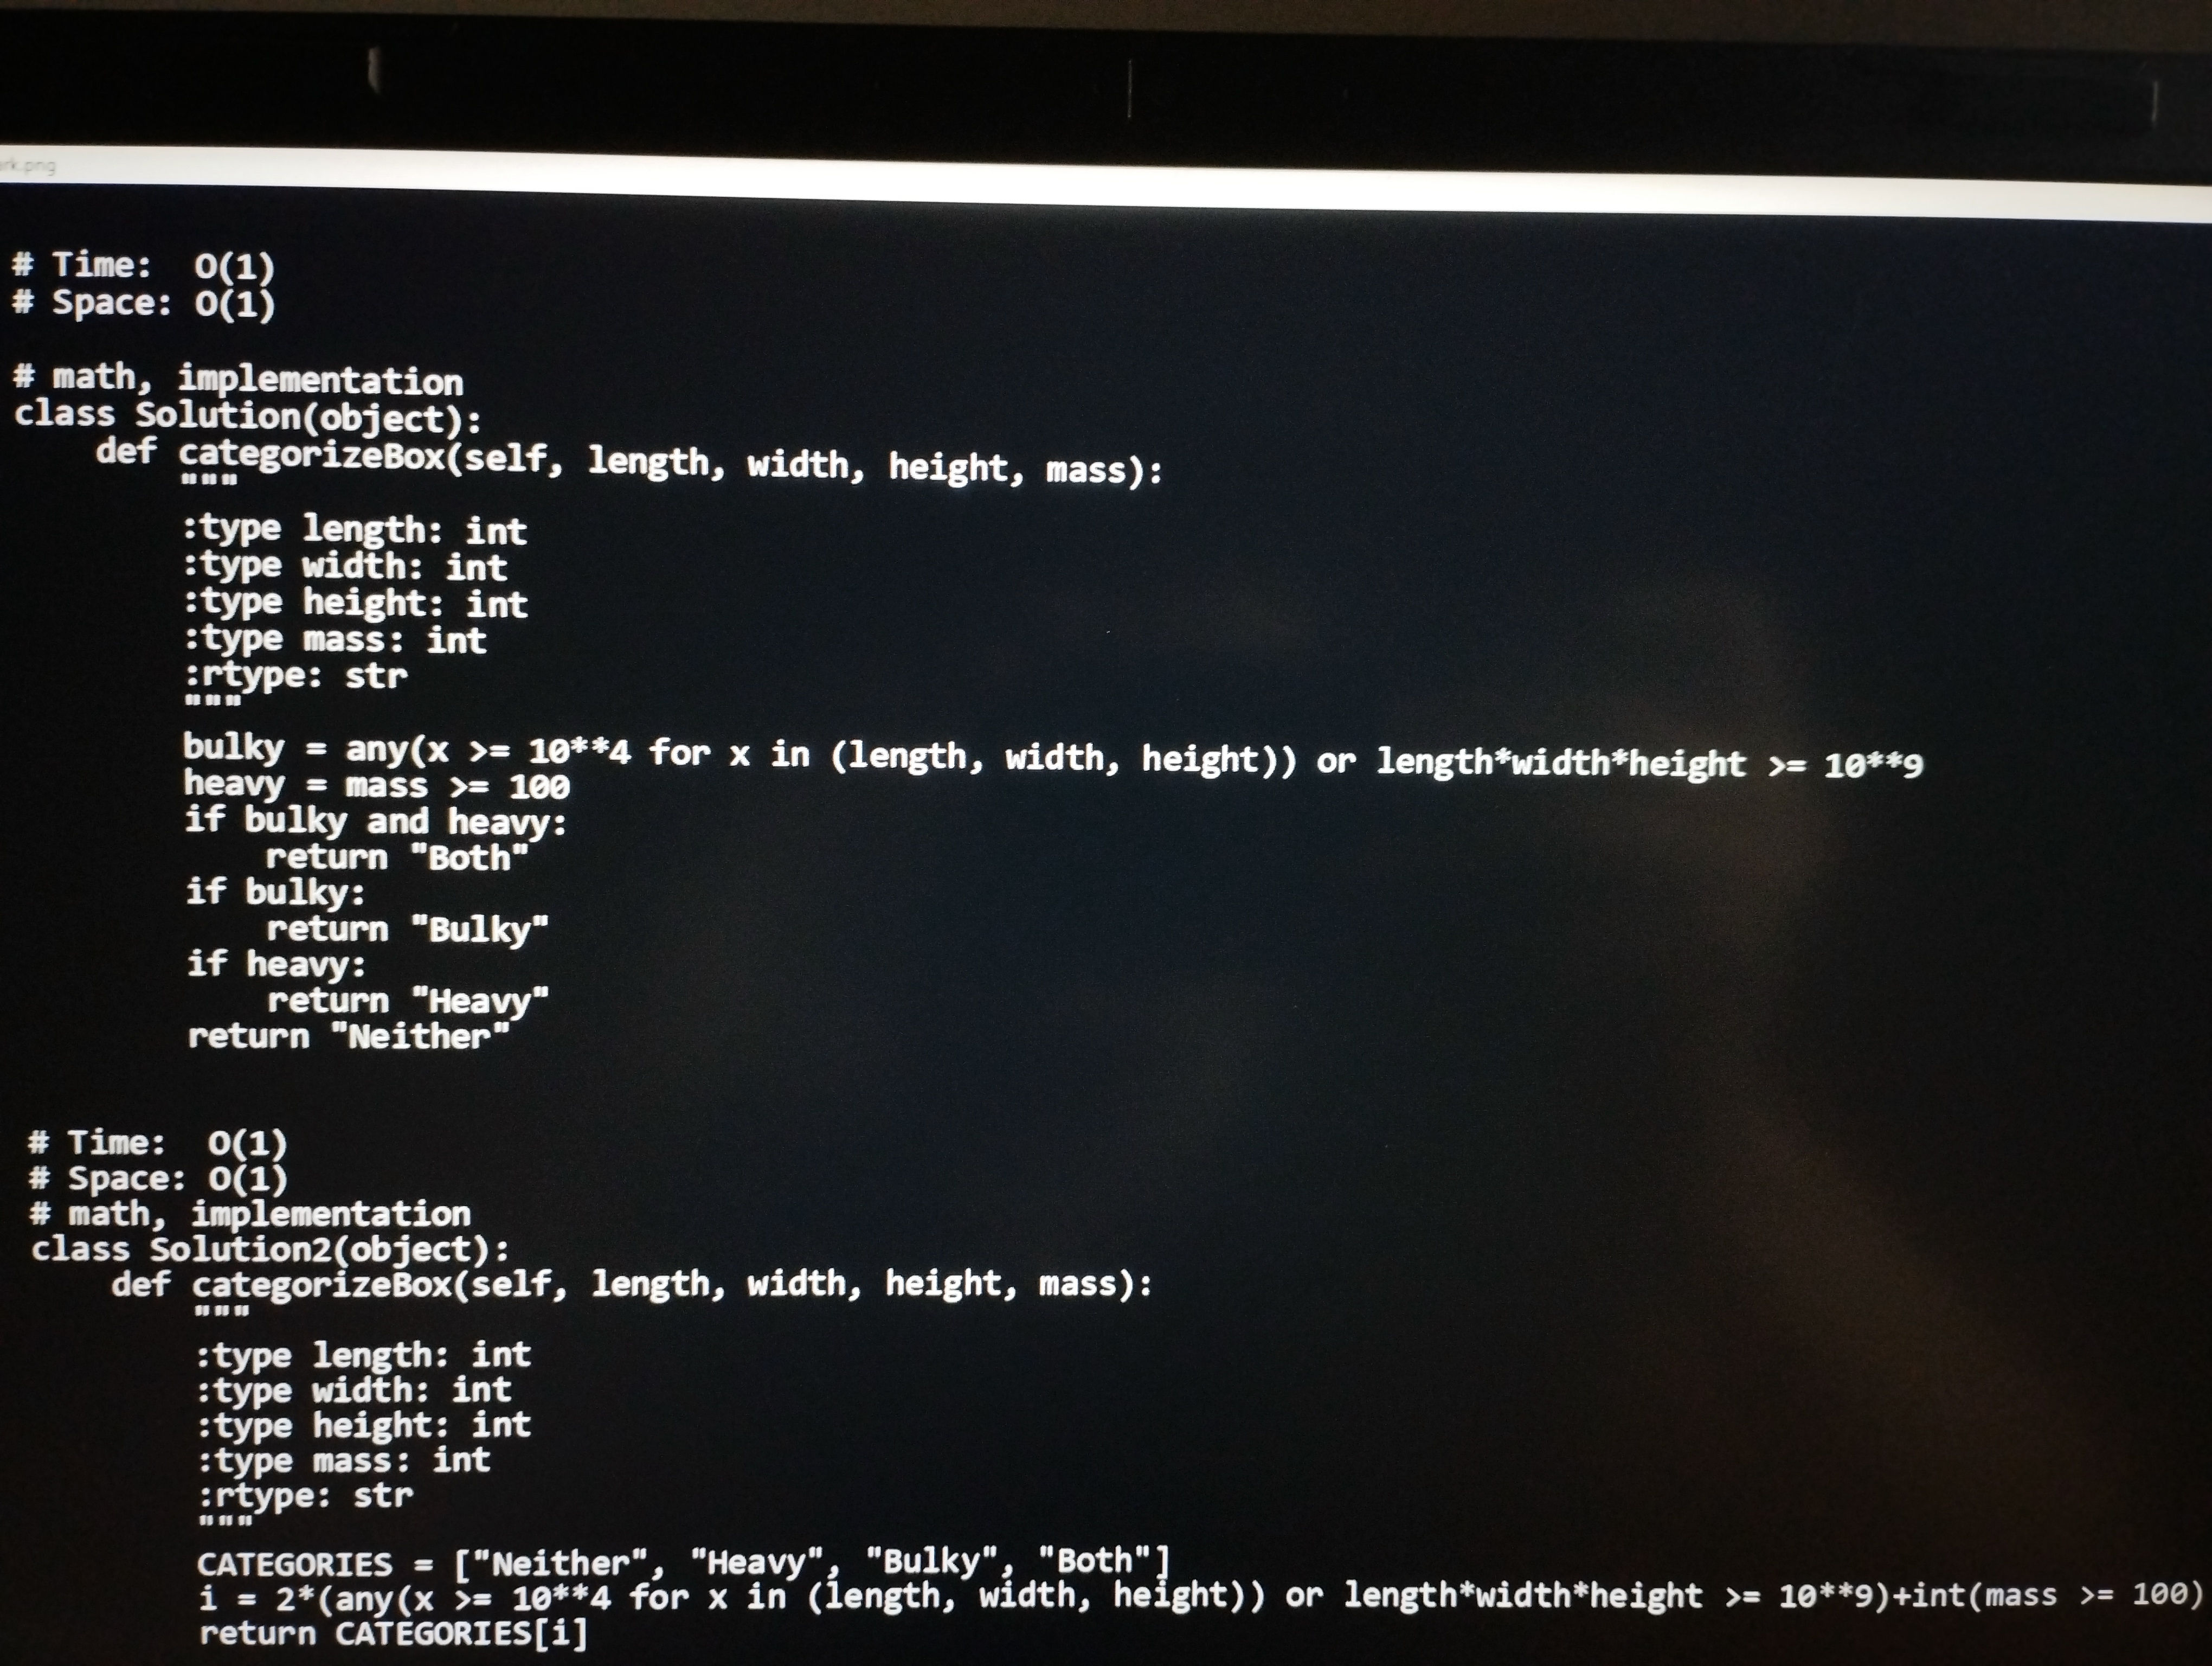
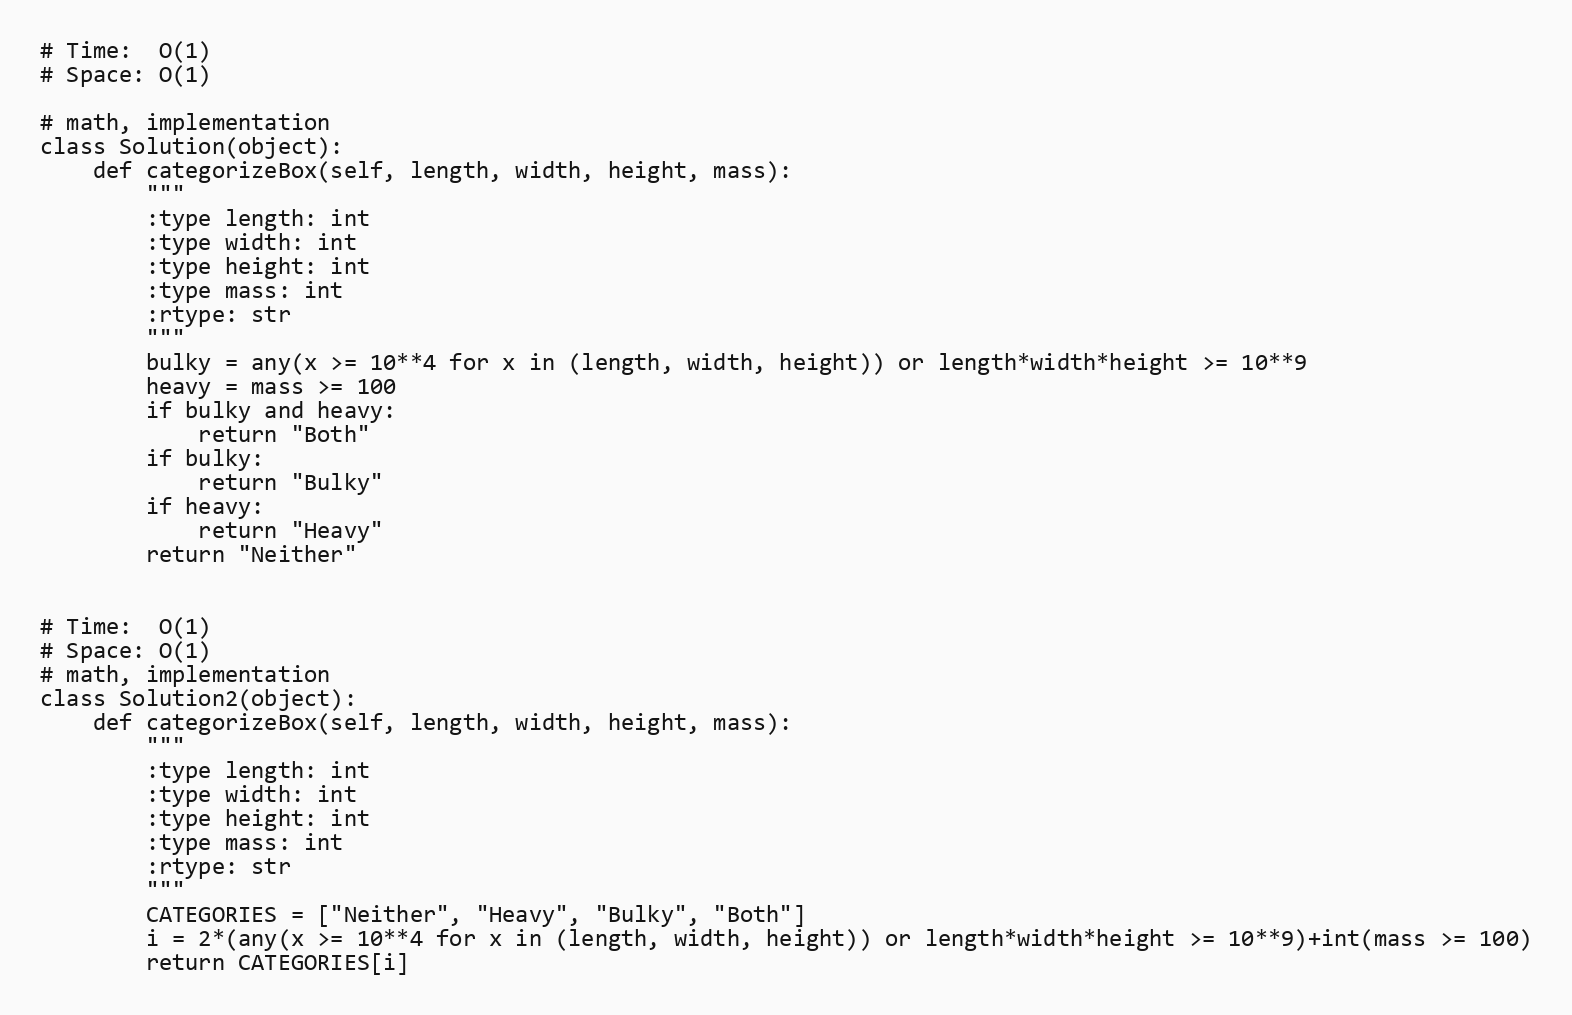
# Time:  O(1)
# Space: O(1)

# math, implementation
class Solution(object):
    def categorizeBox(self, length, width, height, mass):
        """
        :type length: int
        :type width: int
        :type height: int
        :type mass: int
        :rtype: str
        """
        bulky = any(x >= 10**4 for x in (length, width, height)) or length*width*height >= 10**9
        heavy = mass >= 100
        if bulky and heavy:
            return "Both"
        if bulky:
            return "Bulky"
        if heavy:
            return "Heavy"
        return "Neither"

# Time:  O(1)
# Space: O(1)
# math, implementation
class Solution2(object):
    def categorizeBox(self, length, width, height, mass):
        """
        :type length: int
        :type width: int
        :type height: int
        :type mass: int
        :rtype: str
        """
        CATEGORIES = ["Neither", "Heavy", "Bulky", "Both"]
        i = 2*(any(x >= 10**4 for x in (length, width, height)) or length*width*height >= 10**9)+int(mass >= 100)
        return CATEGORIES[i]